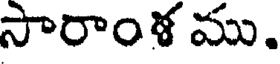
సారాంళ ము.